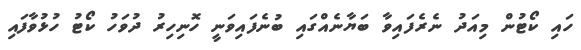
ހައި ކޯޓުން މިއަދު ނެރެފައިވާ ބަޔާނެއްގައި ބުނެފައިވަނީ ހޮނިހިރު ދުވަހު ކޯޓު ހުޅުވާފައި